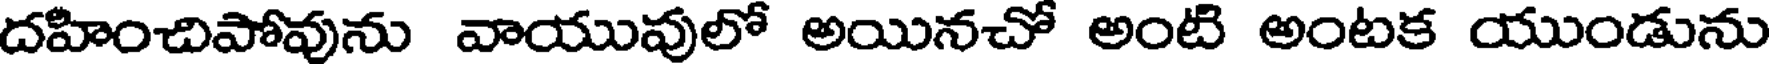
దహించిపోవును వాయువులో అయినచో అంటి అంటక యుండును